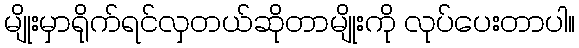
မျိုးမှာရိုက်ရင်လှတယ်ဆိုတာမျိုးကို လုပ်ပေးတာပါ။